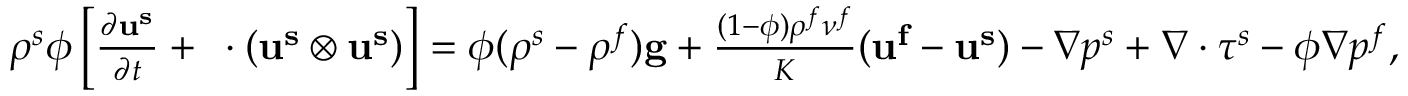
\begin{array} { r } { \rho ^ { s } \phi \left[ \frac { \partial \mathbf { u ^ { s } } } { \partial t } + \mathbf { \nabla } \cdot \left( \mathbf { u ^ { s } } \otimes \mathbf { u ^ { s } } \right) \right] = \phi ( \rho ^ { s } - \rho ^ { f } ) \mathbf { g } + \frac { ( 1 - \phi ) \rho ^ { f } \nu ^ { f } } { K } ( \mathbf { u ^ { f } } - \mathbf { u ^ { s } } ) - \nabla p ^ { s } + \nabla \cdot \boldsymbol { \tau ^ { s } } - \phi \nabla p ^ { f } , } \end{array}